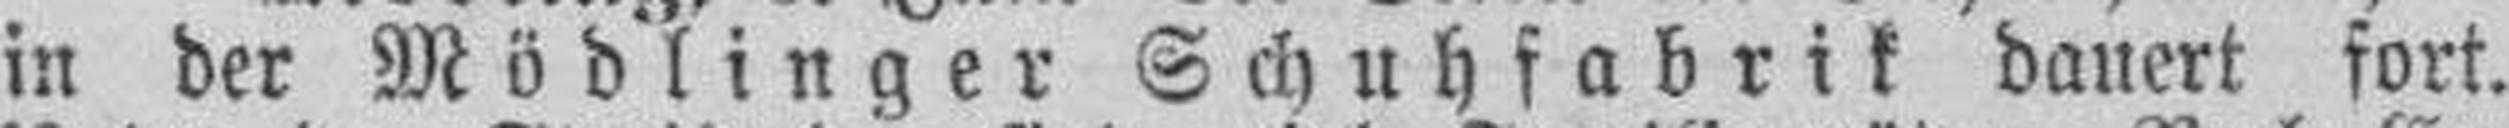
in der Mödlinger Schuhfabrik dauert fort.